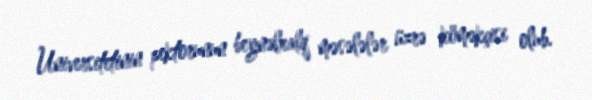
Universitetinin pektorunun beynəlxalq məsələlər üzrə köməkçisi olub.